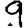
Digit: 9